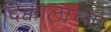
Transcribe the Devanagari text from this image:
दिक्कालाच्या